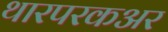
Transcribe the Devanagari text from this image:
थारपरकअर